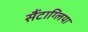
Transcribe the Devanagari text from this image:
सैंटाग्लिया